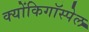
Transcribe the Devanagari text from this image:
क्योंकिगॉस्पेल